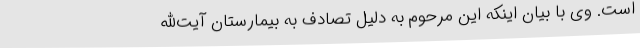
است. وی با بیان اینکه این مرحوم به دلیل تصادف به بیمارستان آیت‌الله